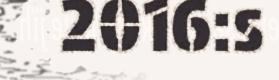
2016:s